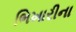
ભિખારીના